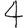
Digit: 4